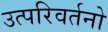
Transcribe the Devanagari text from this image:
उत्परिवर्तनो